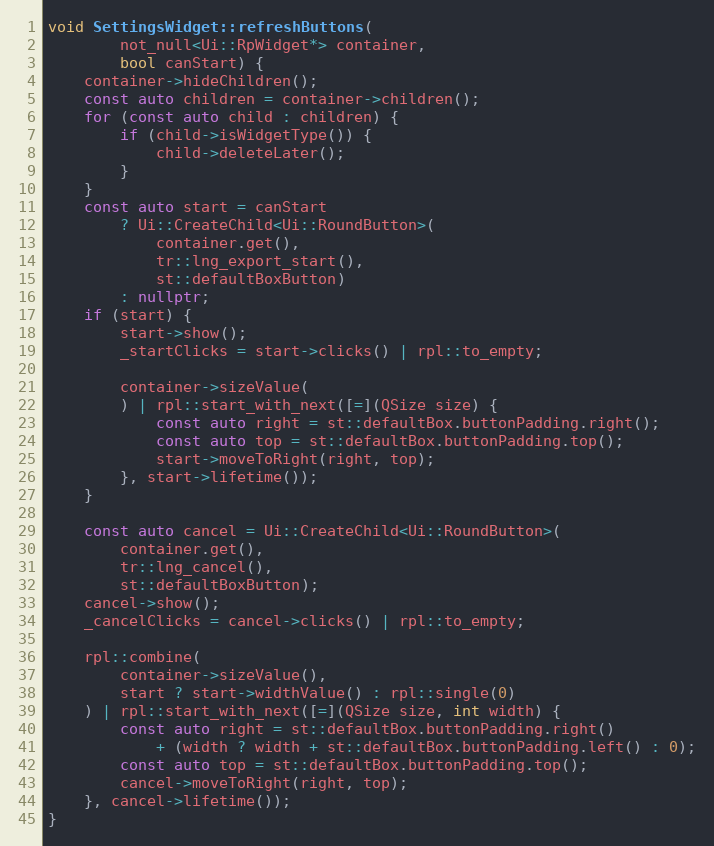
Language: C++
void SettingsWidget::refreshButtons(
		not_null<Ui::RpWidget*> container,
		bool canStart) {
	container->hideChildren();
	const auto children = container->children();
	for (const auto child : children) {
		if (child->isWidgetType()) {
			child->deleteLater();
		}
	}
	const auto start = canStart
		? Ui::CreateChild<Ui::RoundButton>(
			container.get(),
			tr::lng_export_start(),
			st::defaultBoxButton)
		: nullptr;
	if (start) {
		start->show();
		_startClicks = start->clicks() | rpl::to_empty;

		container->sizeValue(
		) | rpl::start_with_next([=](QSize size) {
			const auto right = st::defaultBox.buttonPadding.right();
			const auto top = st::defaultBox.buttonPadding.top();
			start->moveToRight(right, top);
		}, start->lifetime());
	}

	const auto cancel = Ui::CreateChild<Ui::RoundButton>(
		container.get(),
		tr::lng_cancel(),
		st::defaultBoxButton);
	cancel->show();
	_cancelClicks = cancel->clicks() | rpl::to_empty;

	rpl::combine(
		container->sizeValue(),
		start ? start->widthValue() : rpl::single(0)
	) | rpl::start_with_next([=](QSize size, int width) {
		const auto right = st::defaultBox.buttonPadding.right()
			+ (width ? width + st::defaultBox.buttonPadding.left() : 0);
		const auto top = st::defaultBox.buttonPadding.top();
		cancel->moveToRight(right, top);
	}, cancel->lifetime());
}